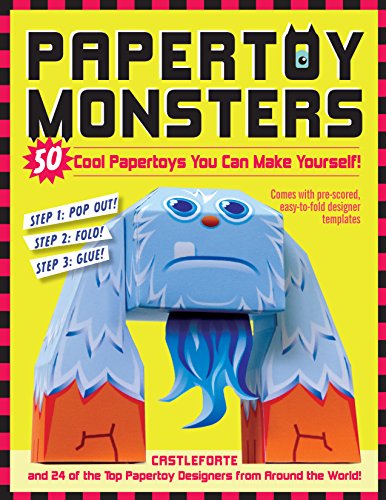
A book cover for Papertoy Monsters: 50 Cool Papertoys You Can Make Yourself!; Brian Castleforte; Crafts, Hobbies & Home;